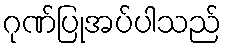
ဂုဏ်ပြုအပ်ပါသည်